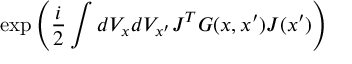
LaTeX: \exp \left( \frac { i } { 2 } \int d V _ { x } d V _ { x ^ { \prime } } J ^ { T } G ( x , x ^ { \prime } ) J ( x ^ { \prime } ) \right)